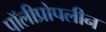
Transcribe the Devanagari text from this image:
पॉलीप्रोपलीन